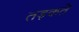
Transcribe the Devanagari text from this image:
तड़कते